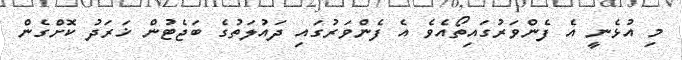
މި އުޅެނީ އެ ފެންވަރުގައިތޯއެވެ އެ ފެންވަރުގައި ދައުލަތުގެ ބަޖެޓުން ޚަރަދު ކޮށްގެން